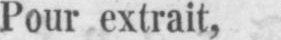
Pour extrait,